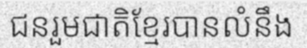
ជនរួមជាតិខ្មែរបានលំនឹង